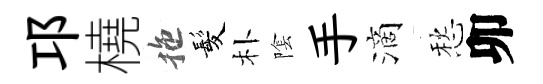
邛橈拖髪朴隂手滴愁卯